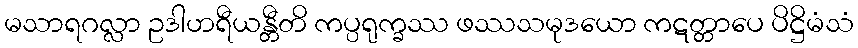
မသာရဂလ္လာ ဥဒါဟရီယန္တီတိ ကပ္ပရုက္ခဿ ဖဿသမုဒယော ကဋတ္တာပေ ပိဋ္ဌိမံသံ